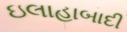
ઇલાહાબાદી